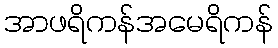
အာဖရိကန်အမေရိကန်